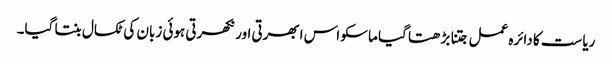
ریاست کا دائرہ عمل جتنا بڑھتا گیا ماسکو اس ابھرتی اور نکھرتی ہوئی زبان کی ٹکسال بنتا گیا۔